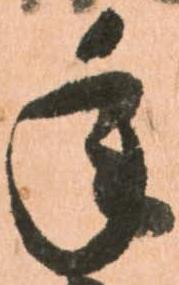
年